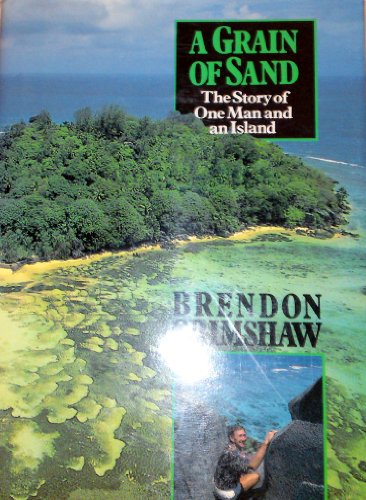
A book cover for A Grain of Sand: The Story of One Man and an Island; Brendon Grimshaw; Travel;